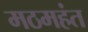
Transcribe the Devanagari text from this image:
मठमहंत